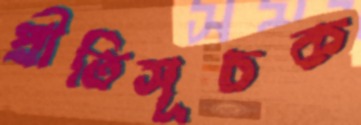
প্রীতিসূচক